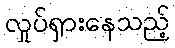
လှုပ်ရှားနေသည့်